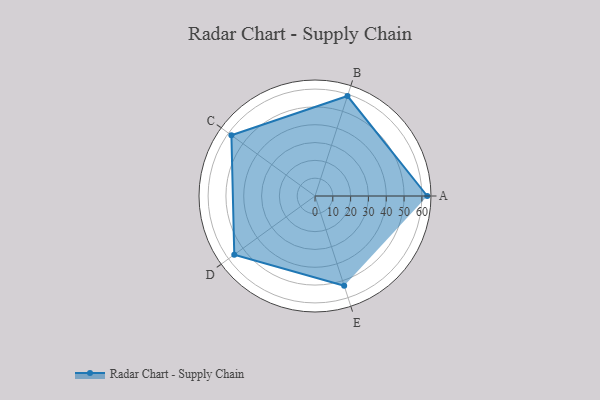
{"axis": {"x": "Skill", "y": "Score"}, "legend": ["Profile"], "data": [{"x": "A", "y": 63.0, "type": "Profile"}, {"x": "B", "y": 59.0, "type": "Profile"}, {"x": "C", "y": 58.0, "type": "Profile"}, {"x": "D", "y": 56.0, "type": "Profile"}, {"x": "E", "y": 53.0, "type": "Profile"}]}